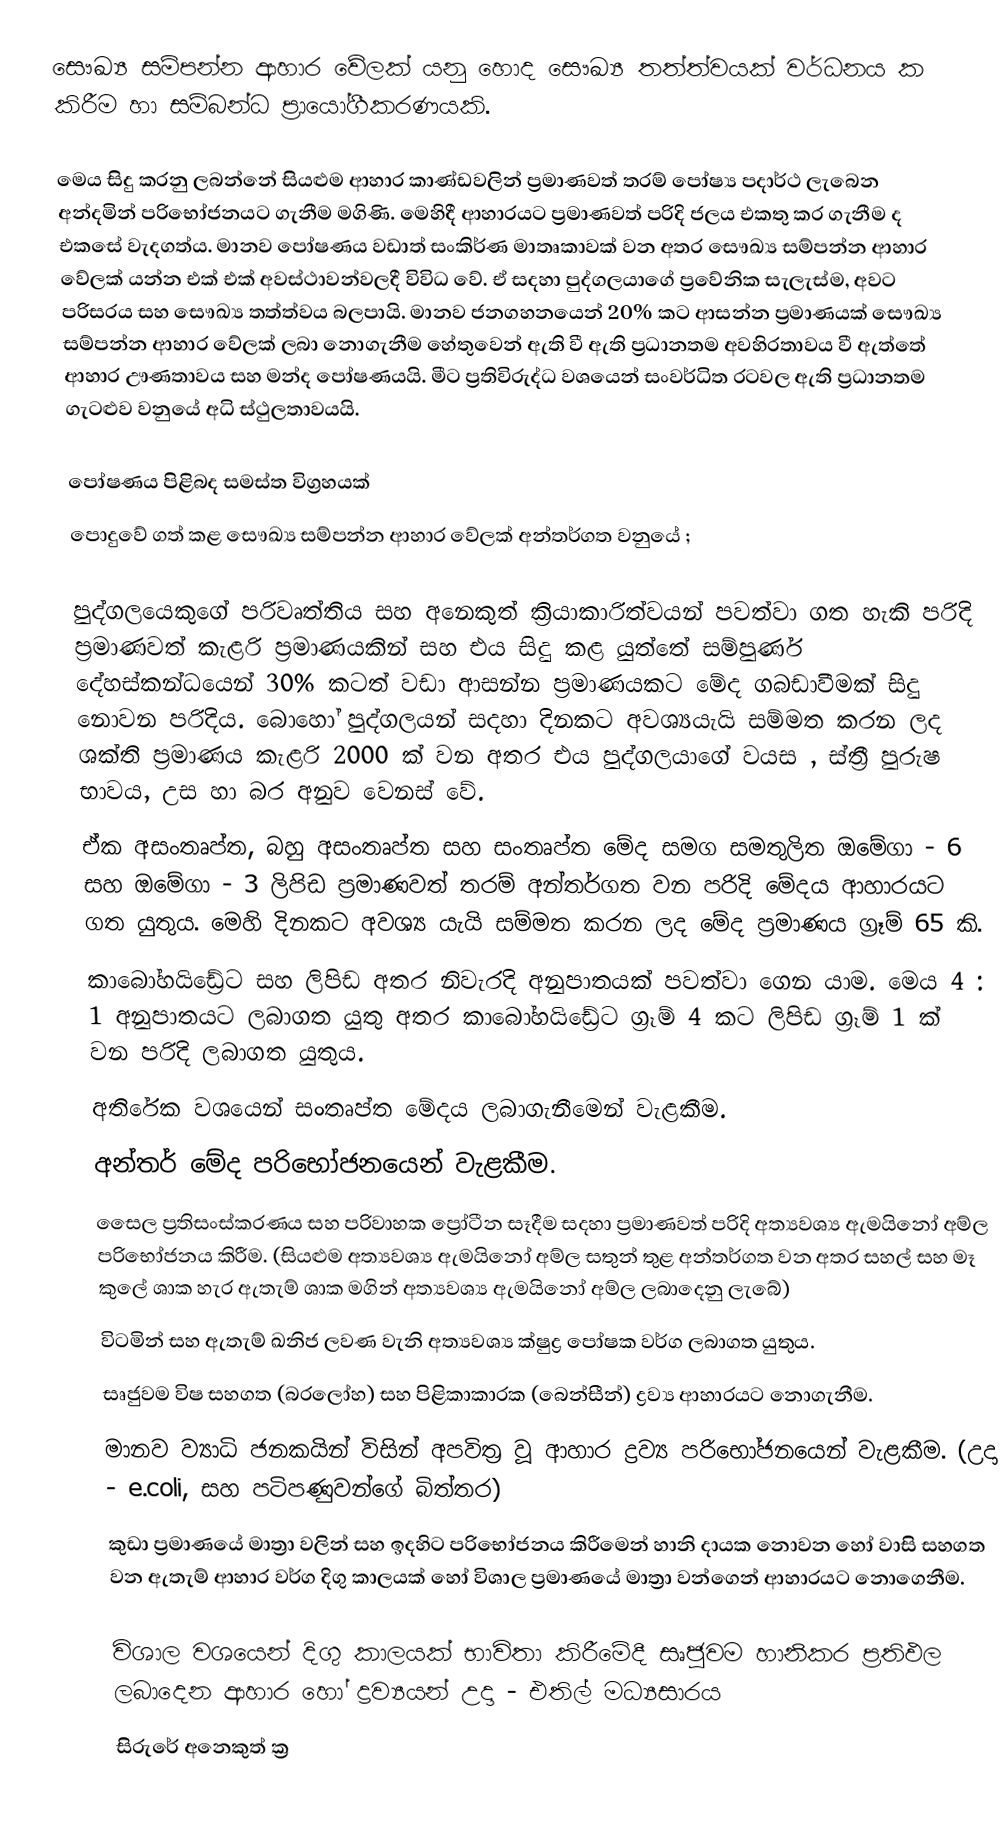
සෞඛ්‍ය සම්පන්න ආහාර වේලක් යනු හොද සෞඛ්‍ය තත්ත්වයක් වර්ධනය ක කිරීම හා සම්බන්ධ ප්‍රායෝගීකරණයකි.

මෙය සිදු කරනු ලබන්නේ සියළුම ආහාර කාණ්ඩවලින් ප්‍රමාණවත් තරම් පෝෂ්‍ය පදාර්ථ ලැබෙන අන්දමින් පරිභෝජනයට ගැනීම මගිණි. මෙහිදී ආහාරයට ප්‍රමාණවත් පරිදි ජලය එකතු කර ගැනීම ද එකසේ වැදගත්ය. මානව පෝෂණය වඩාත් සංකිර්ණ මාතෘකාවක් වන අතර සෞඛ්‍ය සම්පන්න ආහාර වේලක් යන්න එක් එක් අවස්ථාවන්වලදී විවිධ වේ. ඒ සදහා පුද්ගලයාගේ ප්‍රවේනික සැලැස්ම, අවට පරිසරය සහ සෞඛ්‍ය තත්ත්වය බලපායි. මානව ජනගහනයෙන් 20% කට ආසන්න ප්‍රමාණයක් සෞඛ්‍ය සම්පන්න ආහාර වේලක් ලබා නොගැනීම හේතුවෙන් ඇති වී ඇති ප්‍රධානතම අවහිරතාවය වී ඇත්තේ ආහාර ඌණතාවය සහ මන්ද පෝෂණයයි. මීට ප්‍රතිවිරුද්ධ වශයෙන් සංවර්ධිත රටවල ඇති ප්‍රධ‍ානතම ගැටළුව වනුයේ අධි ස්ථුලතාවයයි.

පෝෂණය පිළිබද සමස්ත විග්‍රහයක්
පොදුවේ ගත් කළ සෞඛ්‍ය සම්පන්න ආහාර වේලක් අන්තර්ගත වනුයේ ;

	පුද්ගලයෙකුගේ පරිවෘත්තිය සහ අනෙකුත් ක්‍රියාකාරිත්වයන් පවත්වා ගත හැකි පරිදි ප්‍රමාණවත් කැළරි ප්‍රමාණයකින් සහ එය සිදු කළ යුත්තේ සම්පුර්ණ දේහස්කන්ධයෙන් 30% කටත් වඩා ආසන්න ප්‍රමාණයකට මේද ගබඩාවීමක් සිදු නොවන පරිදිය. බොහෝ පුද්ගලයන් සදහා දිනකට අවශ්‍යයැයි සම්මත කරන ලද ශක්ති ප්‍රමාණය කැළරි 2000 ක් වන අතර එය පුද්ගලයාගේ වයස , ස්ත්‍රී පුරුෂ භාවය, උස හා බර අනුව වෙනස් වේ.
	ඒක අසංතෘප්ත, බහු අසංතෘප්ත සහ සංතෘප්ත මේද සමග සමතුලිත ඔමේගා - 6 සහ ඔමේගා - 3 ලිපිඩ ප්‍රමාණවත් තරම් අන්තර්ගත වන පරිදි මේදය ආහාරයට ගත යුතුය. මෙහි දිනකට අවශ්‍ය යැයි සම්මත කරන ලද මේද ප්‍රමාණය ග්‍රෑම් 65 කි.
	කාබෝහයිඩ්‍රේට සහ ලිපිඩ අතර නිවැරදි අනුපාතයක් පවත්වා ගෙන යාම. මෙය 4 : 1 අනුපාතයට ලබාගත යුතු අතර කාබෝහයිඩ්‍රේට ග්‍රෑම් 4 කට ලිපිඩ ග්‍රෑම් 1 ක් වන පරිදි ලබාගත යුතුය.
	අතිරේක වශයෙන් සංතෘප්ත මේදය ලබාගැනීමෙන් වැළකීම.
	අන්තර් මේද පරිභෝජනයෙන් වැළකීම.
	සෛල ප්‍රතිසංස්කරණය සහ පරිවාහක ප්‍රෝ‍ටීන සෑදීම සදහා ප්‍රමාණවත් පරිදි අත්‍යවශ්‍ය ඇමයිනෝ අම්ල පරිභෝජනය කිරීම. (සියළුම අත්‍යවශ්‍ය ඇමයිනෝ අම්ල සතුන් තුළ අන්තර්ගත වන අතර සහල් සහ මෑ කුලේ ශාක හැර ඇතැම් ශාක මගින් අත්‍යවශ්‍ය ඇමයිනෝ අම්ල ලබාදෙනු ලැබේ)
	විටමින් සහ ඇතැම් ඛනිජ ලවණ වැනි අත්‍යවශ්‍ය ක්ෂුද්‍ර පෝෂක වර්ග ලබාගත යුතුය.
	සෘජුවම විෂ සහගත (බරලෝහ) සහ පිළිකාකාරක (බෙන්සීන්) ද්‍රව්‍ය ආහාරයට නොගැනීම.
	මානව ව්‍යාධි ජනකයින් විසින් අපවිත්‍ර වූ ආහාර ද්‍රව්‍ය පරිභෝජනයෙන් වැළකීම. (උදා - e.coli, සහ පටිපණුවන්ගේ බිත්තර)
	කුඩා ප්‍රමාණයේ මාත්‍රා වලින් සහ ඉදහිට පරිභෝජනය කිරීමෙන් හානි දායක නොවන හෝ වාසි සහගත වන ඇතැම් ආහාර වර්ග දිගු කාලයක් හෝ විශාල ප්‍රමාණයේ මාත්‍රා වන්ගෙන් ආහාරයට නොගෙනීම.

	විශාල වශයෙන් දිගු කාලයක් භාවිතා කිරීමේදී සෘජුවම හානිකර ප්‍රතිඵල ලබාදෙන ආහාර හෝ ද්‍රව්‍යයන් උදා - එතිල් මධ්‍යසාරය
	සිරුරේ අනෙකුත් ක්‍ර